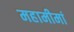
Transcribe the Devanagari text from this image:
महामीमां